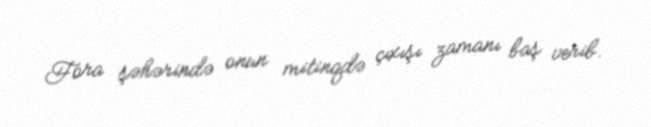
Fora şəhərində onun mitinqdə çıxışı zamanı baş verib.